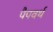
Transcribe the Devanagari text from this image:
पैपवर्थ